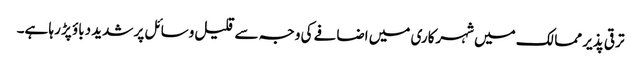
ترقی پذیر ممالک میں شہرکاری میں اضافے کی وجہ سے قلیل وسائل پر شدید دباؤ پڑ رہا ہے۔